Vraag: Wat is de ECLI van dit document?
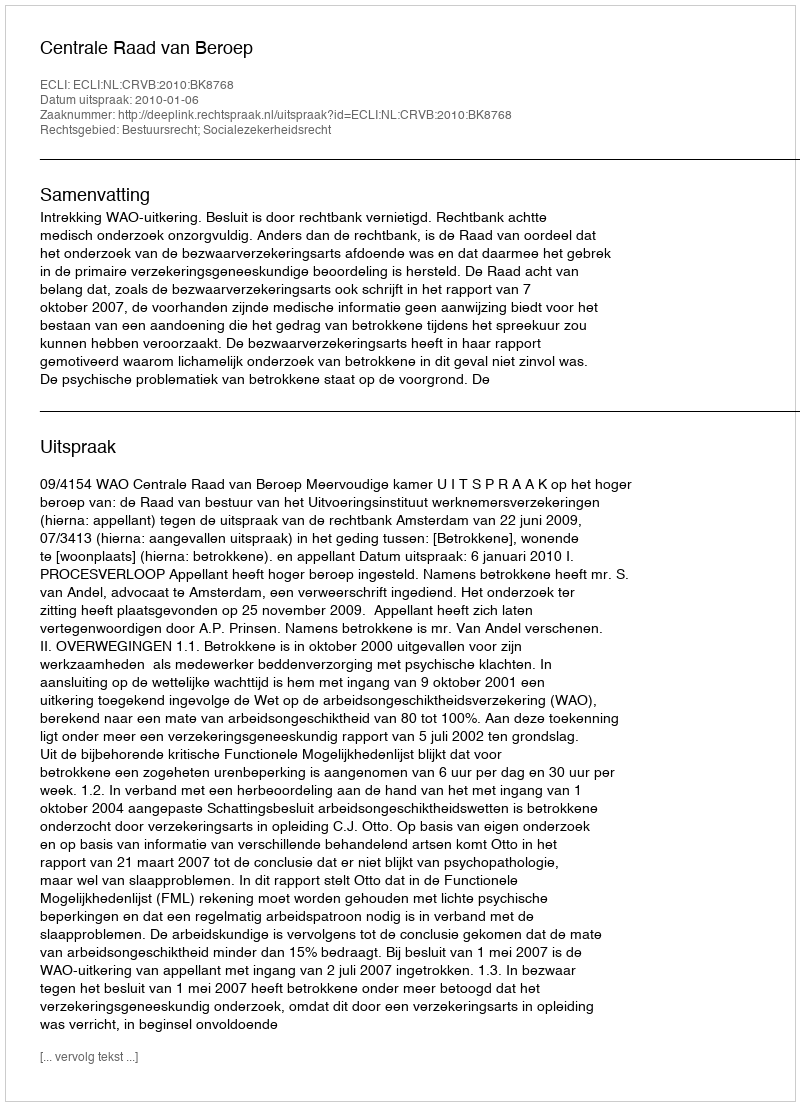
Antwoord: ECLI:NL:CRVB:2010:BK8768